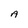
Character: A